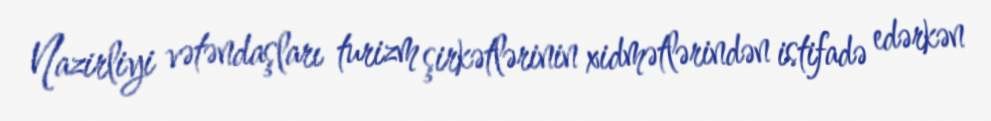
Nazirliyi vətəndaşları turizm şirkətlərinin xidmətlərindən istifadə edərkən